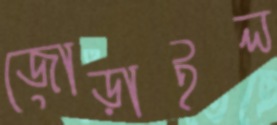
জোড়াইল